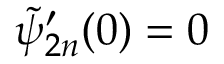
\tilde { \psi } _ { 2 n } ^ { \prime } ( 0 ) = 0